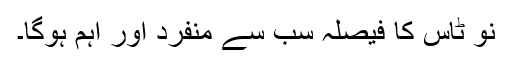
نو ٹاس کا فیصلہ سب سے منفرد اور اہم ہوگا۔